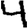
Digit: 4